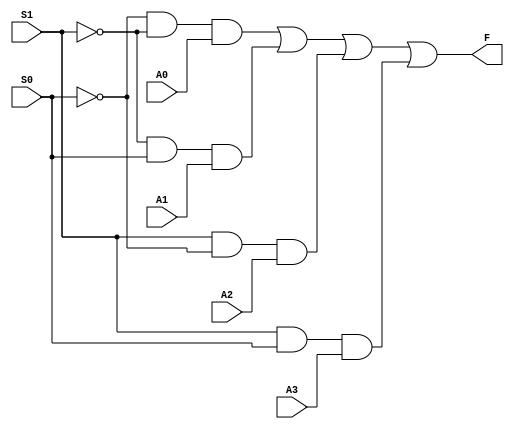

module Mux4to1(A0,A1,A2,A3,S1,S0,F);
  input A0,A1,A2,A3,S1,S0;
  output F;
  not (W0,S0);
  not (W1,S1);
  and (W2,W0,W1,A0);
  and (W3,W1,S0,A1);
  and (W4,S1,W0,A2);
  and (W5,S1,S0,A3);
  or (F,W2,W3,W4,W5);
endmodule


module mux4to1_4bit(I0,I1,I2,I3,S1,S0,f);
  input [3:0] I0,I1,I2,I3;
  input S0,S1;
  output [3:0] f;
    
  Mux4to1 mux0(.A3(I3[0]),.A2(I2[0]),.A1(I1[0]),.A0(I0[0]),.S0(S0),.S1(S1),.F(f[0]));
  Mux4to1 mux1(.A3(I3[1]),.A2(I2[1]),.A1(I1[1]),.A0(I0[1]),.S0(S0),.S1(S1),.F(f[1]));
  Mux4to1 mux2(.A3(I3[2]),.A2(I2[2]),.A1(I1[2]),.A0(I0[2]),.S0(S0),.S1(S1),.F(f[2]));
  Mux4to1 mux3(.A3(I3[3]),.A2(I2[3]),.A1(I1[3]),.A0(I0[3]),.S0(S0),.S1(S1),.F(f[3]));
endmodule